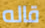
قاله